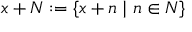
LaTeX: x + N : = \{ x + n \mid n \in N \}